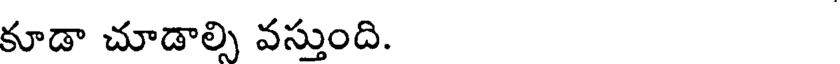
కూడా చూడాల్సి వస్తుంది.